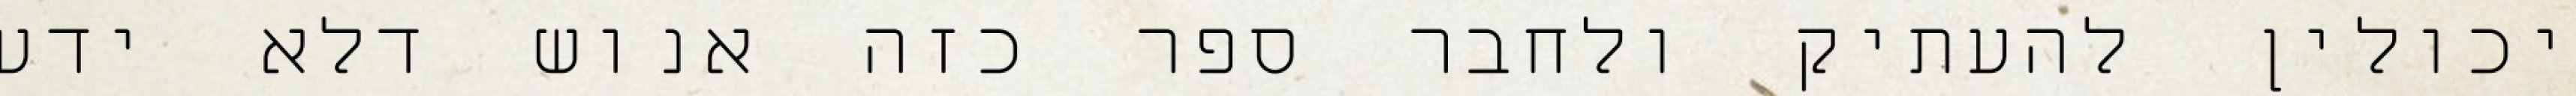
יכולין להעתיק ולחבר ספר כזה אנוש דלא ידע